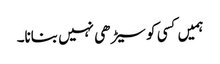
ہمیں کسی کو سیڑھی نہیں بنانا۔